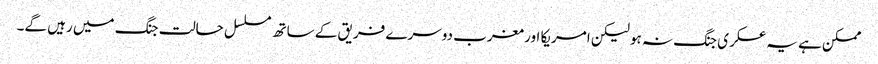
ممکن ہے یہ عسکری جنگ نہ ہو لیکن امریکا اور مغرب دوسرے فریق کے ساتھ مسلسل حالت جنگ میں رہیں گے۔